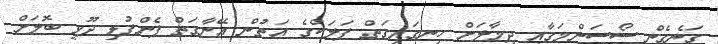
ގަނެގެން ސޯސަންމަގާއި ދިމާލަށް ހިނގައިގަތް ފަލަކްގެ އަތުން އޭނާގަތް ފެންފުޅި ދޫވީ ބޮލަށް